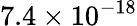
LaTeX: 7.4\times 10^{-18}